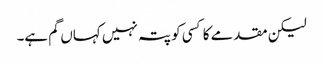
لیکن مقدمے کا کسی کو پتہ نہیں کہاں گم ہے۔